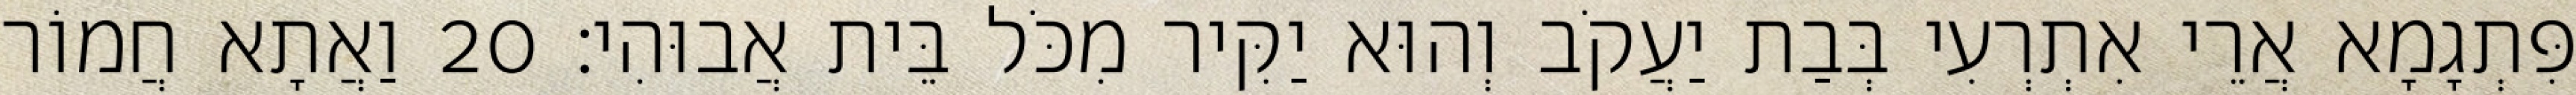
פִּתְגָמָא אֲרֵי אִתְרְעִי בְּבַת יַעֲקֹב וְהוּא יַקִּיר מִכֹּל בֵּית אֲבוּהִי׃ 20 וַאֲתָא חֲמוֹר